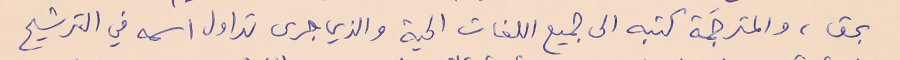
بحق، والمترجَمة كتبه الى جميع اللغات الحية والذي جرى تداول اسمه في الترشيح